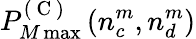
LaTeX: P_{M\operatorname*{max}}^{(\mathrm{~C~})}\left(n_{c}^{m},n_{d}^{m}\right)